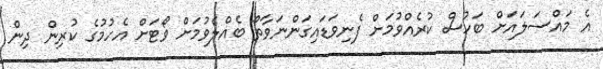
އެ މައްސަލައަށް ބަހުސް ކުރެއްވުމަށް ފެނިވަޑައިގަންނަވާތޯ ބެއްލެވުމަށް ވޯޓަށް އެހުމުގެ ކުރިން ދިން